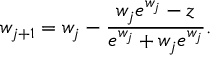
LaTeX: w _ { j + 1 } = w _ { j } - { \frac { w _ { j } e ^ { w _ { j } } - z } { e ^ { w _ { j } } + w _ { j } e ^ { w _ { j } } } } .